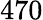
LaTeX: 470